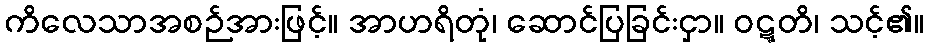
ကိလေသာအစဉ်အားဖြင့်။ အာဟရိတုံ၊ ဆောင်ပြခြင်းငှာ။ ဝဋ္ဋတိ၊ သင့်၏။